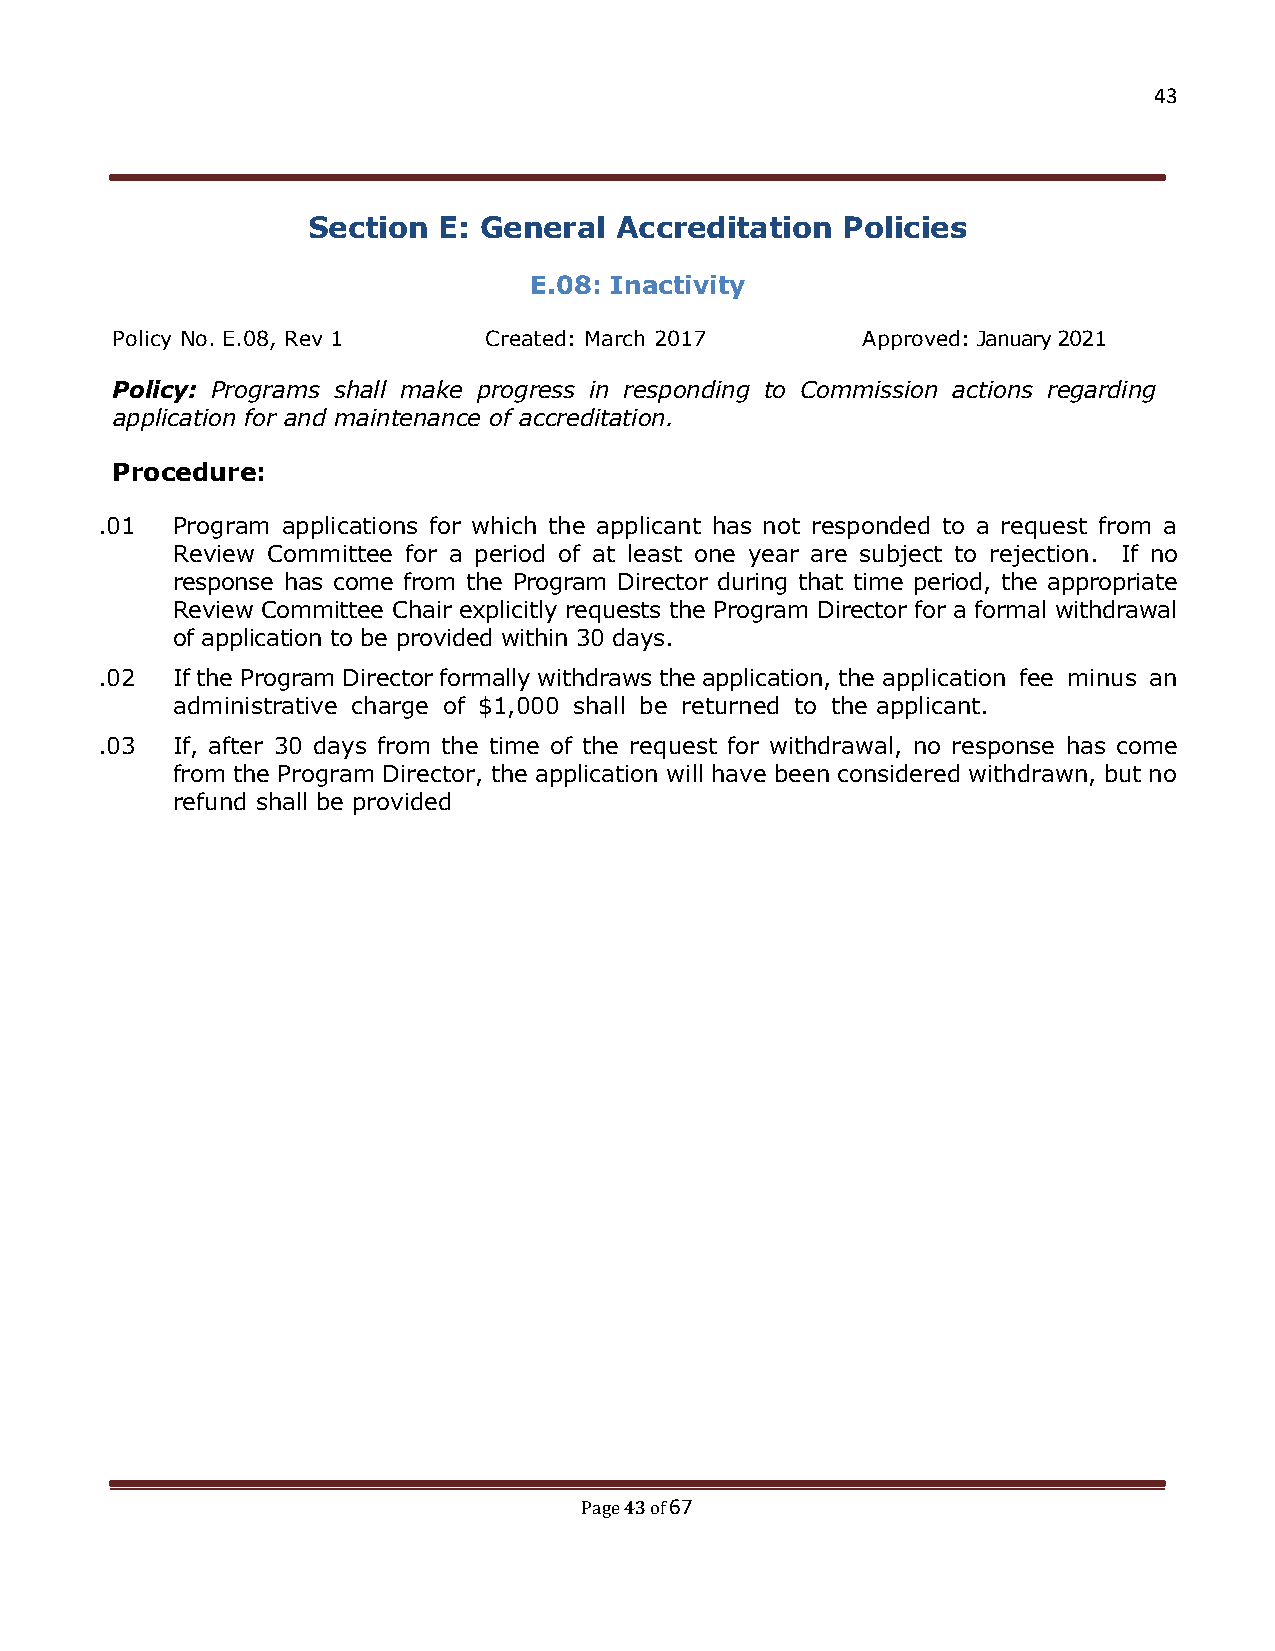
43
 Section  E: General  Accreditation  Policies
 E.08: Inactivity
 Policy No. E.08, Rev 1   Created: March 2017      Approved: January 2021
 Policy: Programs shall make progress in responding to Commission actions regarding
 application for and maintenance of accreditation.
 Procedure:
 .01  Program applications for which the applicant has not responded to a request from a
 Review Committee for a period of at least one year are subject to rejection. If no
 response has come from the Program Director during that time period, the appropriate
 Review Committee Chair explicitly requests the Program Director for a formal withdrawal
 of application to be provided within 30 days.
 .02 If the Program Director formally withdraws the application, the application fee minus an
 administrative charge of $1,000 shall be returned to the applicant.
 .03  If, after 30 days from the time of the request for withdrawal, no response has come
 from the Program Director, the application will have been considered withdrawn, but no
 refund shall be provided
 43 67
 Page of